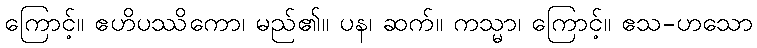
ကြောင့်။ ဧဟိပဿိကော၊ မည်၏။ ပန၊ ဆက်။ ကသ္မာ၊ ကြောင့်။ ဧသ-ဟသော